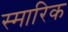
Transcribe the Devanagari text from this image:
स्मारिक